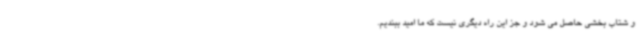
و شتاب بخشی حاصل می شود و جز این راه دیگری نیست که ما امید ببندیم.